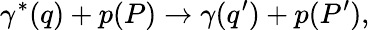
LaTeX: \gamma^{*}(q)+p(P)\rightarrow\gamma(q^{\prime})+p(P^{\prime}),